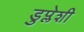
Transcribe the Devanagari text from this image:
डुप्लेशी